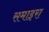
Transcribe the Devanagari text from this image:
समाइरा